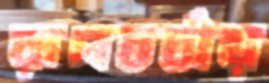
রূপচর্চায়